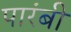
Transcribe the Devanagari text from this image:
पारंबी